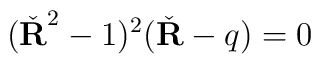
(\check{\bf R }^2-1)^2(\check{\bf R }-q)=0